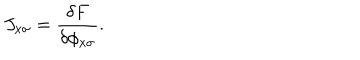
J _ { x \sigma } = \frac { \delta F } { \delta \phi _ { x \sigma } } .